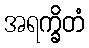
အရက္ခိတံ